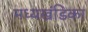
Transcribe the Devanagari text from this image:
मध्यखंडिका